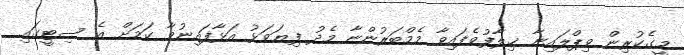
މީގެކުރިން ވިޕްލައިނާ ޚިލާފުވެފައިވާ މެމްބަރުންނާ މެދު ފިޔަވަޅު އަޅާފައިނުވާ ކަމަށް އެ ސިޓީގައި